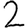
Digit: 2